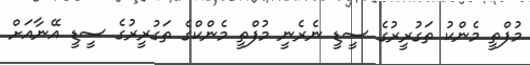
މުފްތީ މެންކު ތަގުރީރުގެ ސީޑީ ނެރެނީ މުފްތީ މެންކްގެ ތަގުރީރުގެ ސީޑީ އޭނާއަށް